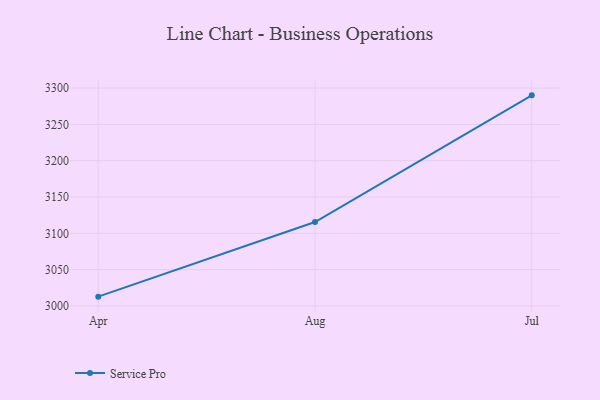
{"axis": {"x": "Month", "y": "Operating Costs (USD K)"}, "legend": ["Service Pro"], "data": [{"x": "Apr", "y": 3012.8, "type": "Service Pro"}, {"x": "Aug", "y": 3115.6, "type": "Service Pro"}, {"x": "Jul", "y": 3290.0, "type": "Service Pro"}]}